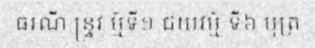
ធរណី ន្ទ្រវ ម៌្មទី១ ជយវម៌្ម ទី៦ បុត្រ